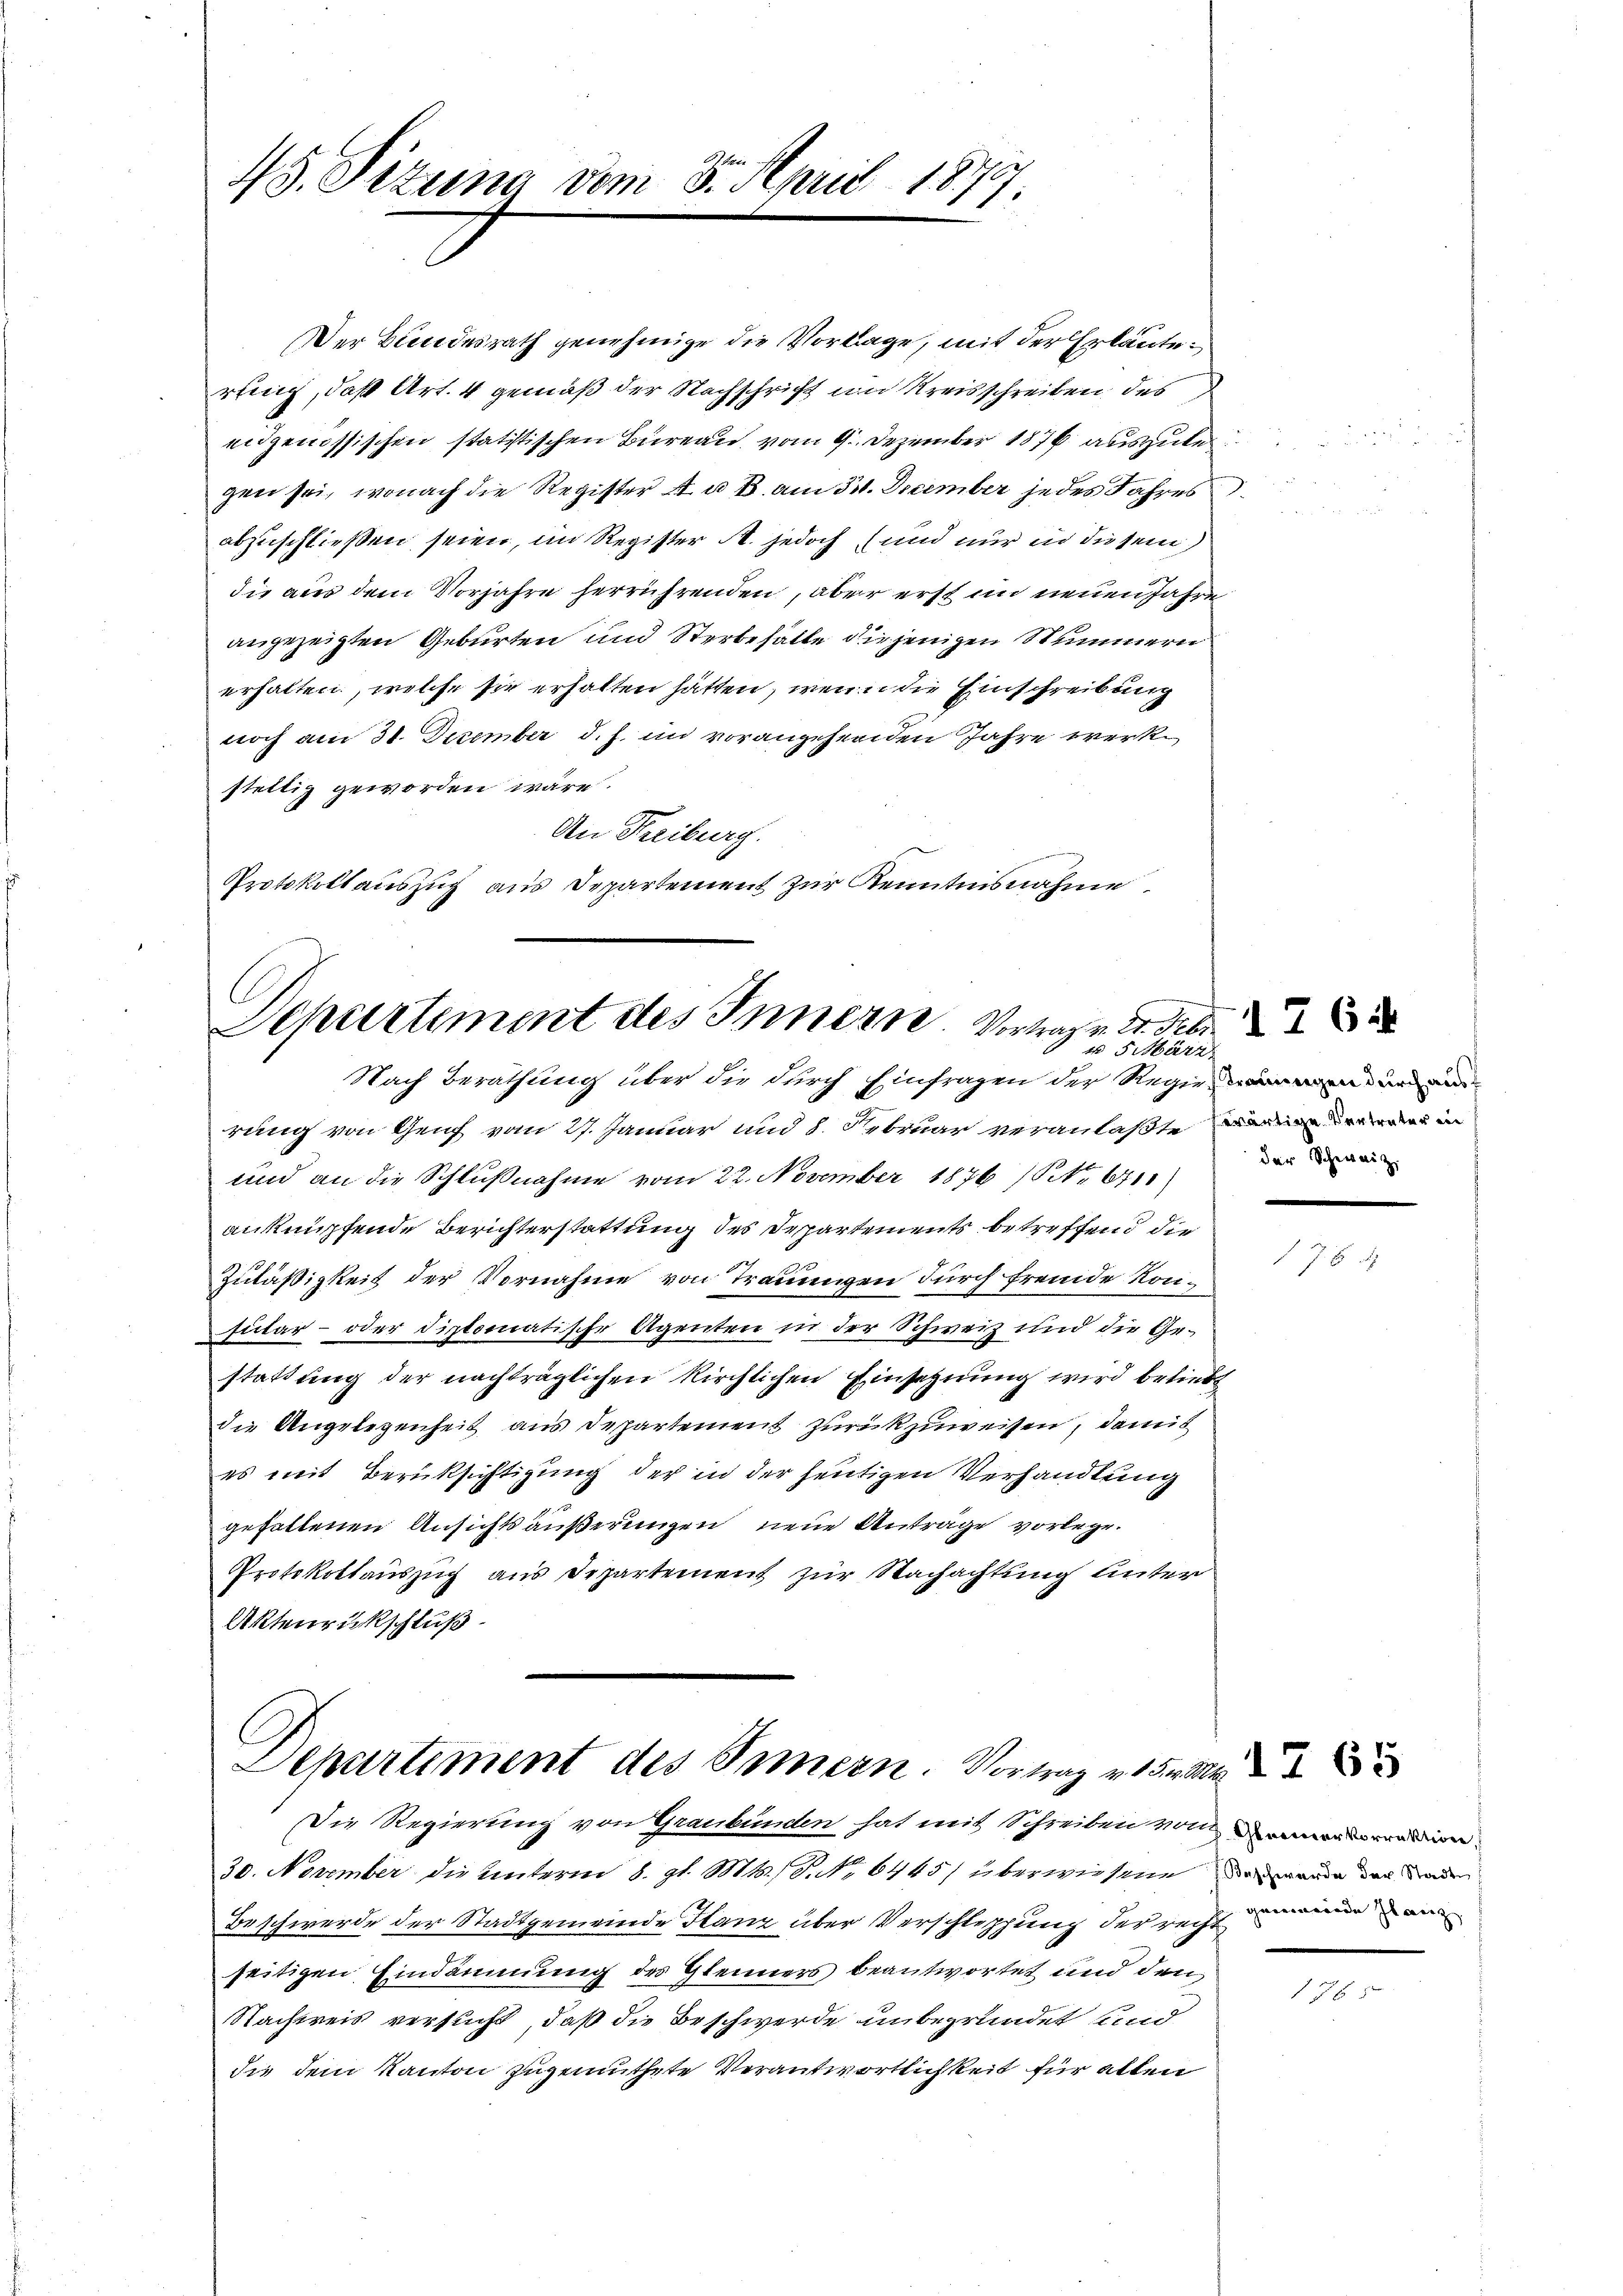
48. Sizung vom 3. April 1877.

Der Bundesrath genehmige die Vortrage, mit der Erläuterung, daß Art. 4 gemäß der Nachschricht in Kreisschreiben des
eidgenössischen statistischen Bureau vom 9. Dezember 1876 auszulei
gen sei, wonach die Register A u. B. am 31. December jedes Jahres
abzuschließen seien, im Register A. jedoch und nur in diesem
die aus dem Vorjahre herrührenden, aber erst im neuen Jahre
angezeigten Geburten und Sterbehalte diejenigen Nummern
erhalten, welche sie erhalten hätten, wenn die Einschreibung
noch am 31. Dezember d. J. im vorangehenden Jahre werk.
stellig geworden wäre.
An Treiburg.
Protokollauszug aus Departement zur Kenntnisnahme.

Departement des Innern. Vorlage v. Febr.
 5 März.
Nach Berathung über die durch Einfragen der Regien und die

rung von Genf vom 27. Januar und 8. Februar veranlaßte einer in
und an die Schlußnahme vom 22. November 1876 (Nr. 6711
anknüpfende Berichterstattung des Departements betreffend die
Zuläßigkeit der Vornahme von Trauungen durch fremde Konsutar- oder diplomatische Agenten in der Schweiz und die Gestattung der nachträglichen Kirchlichen Einsegnung wird beliebt
die Angelegenheit aus Departement zurückzuweisen, damit
es mit Berücksichtigung der in der heutigen Verhandlung
gehaltenen Ansichtsäußerungen neue Anträge vorlege.
Protokollauszug aus Departement zur Nachachtung unter
Aktenrückschluß

Departement des Innern. Vortrag v. 15. M

der Schweiz.

Die Regierung von Graubünden hat mit Schreiben vom Sonnenman
20. November die Unterm 8. gl. Mts., S. No 6445) überwiesene da werde der Rede
Beschwerde der Stadtgemeinde Stanz über Verschleppung der recht eine ein
seitigen Eindämmung des Glenners beantwortet und den
Nachweis versucht, daß die Beschwerde unbegründet sind
die dem Kanton zugemuthete Verantwortlichkeit für allen